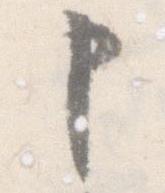
申